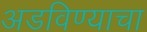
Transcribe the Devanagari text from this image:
अडविण्याचा